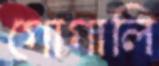
গোগালি